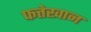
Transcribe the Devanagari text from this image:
फत्तेखान